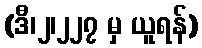
(ဒီ၊၂၊၂၂၇ မှ ယူရန်)